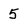
Character: 5